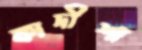
কাদীশা